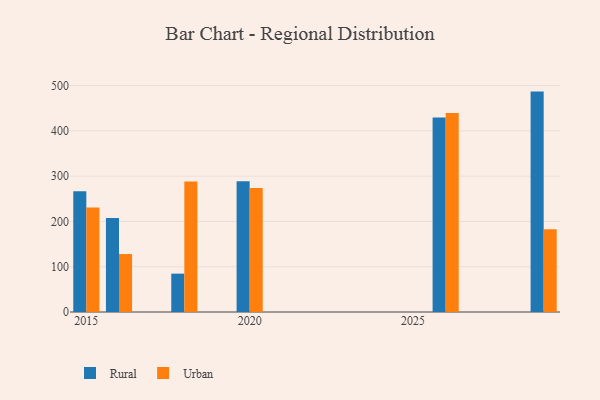
{"axis": {"x": "Year", "y": "Operating Costs (USD K)"}, "legend": ["Rural", "Urban"], "data": [{"x": "2020", "y": 288.6, "type": "Rural"}, {"x": "2020", "y": 274.0, "type": "Urban"}, {"x": "2018", "y": 84.7, "type": "Rural"}, {"x": "2018", "y": 288.3, "type": "Urban"}, {"x": "2029", "y": 486.7, "type": "Rural"}, {"x": "2029", "y": 183.0, "type": "Urban"}, {"x": "2016", "y": 207.6, "type": "Rural"}, {"x": "2016", "y": 128.0, "type": "Urban"}, {"x": "2026", "y": 429.5, "type": "Rural"}, {"x": "2026", "y": 439.7, "type": "Urban"}, {"x": "2015", "y": 266.6, "type": "Rural"}, {"x": "2015", "y": 230.6, "type": "Urban"}]}